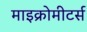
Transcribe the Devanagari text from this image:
माइक्रोमीटर्स